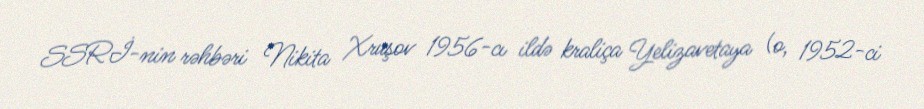
SSRİ-nin rəhbəri Nikita Xruşov 1956-cı ildə kraliça Yelizavetaya (o, 1952-ci